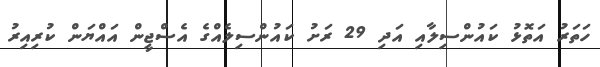
ހަތަރު އަތޮޅު ކައުންސިލާއި އަދި 29 ރަށު ކައުންސިލެއްގެ އެސްޖީން އައްޔަން ކުރިއިރު